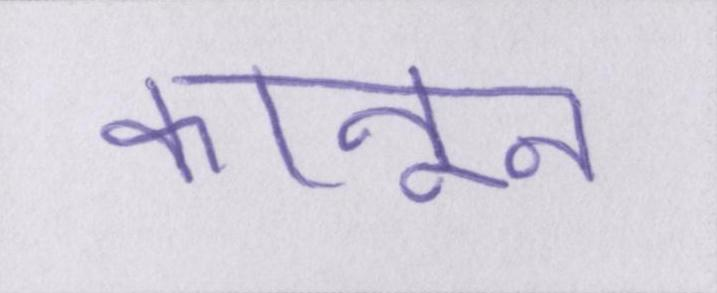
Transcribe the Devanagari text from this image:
कानून